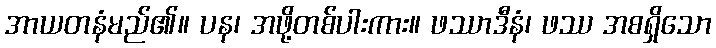
အာယတနံမည်၏။ ပန၊ အဖို့တစ်ပါးကား။ ဖဿာဒီနံ၊ ဖဿ အစရှိသော